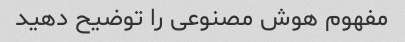
مفهوم هوش مصنوعی را توضیح دهید